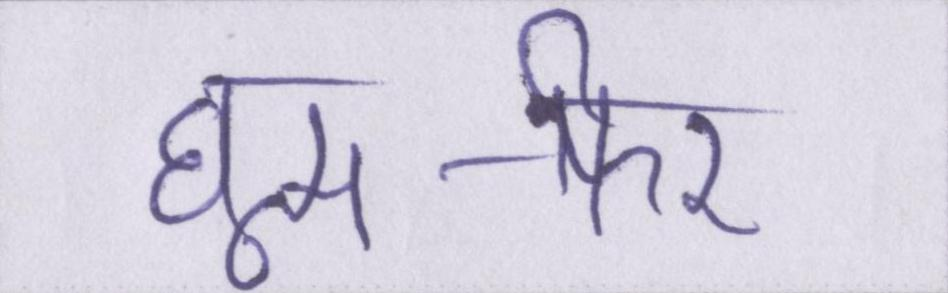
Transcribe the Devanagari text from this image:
घूम-फिर